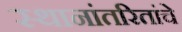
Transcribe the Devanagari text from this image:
स्थानांतरितांचे